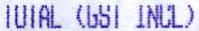
TOTAL (GST INCL)